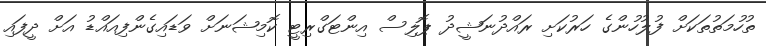
ތުހުމަތުތަކަށް ފުލުހުންގެ ހަރުކަށި ރައްދުނަޝީދު ޕޮލިސް އިންޓަގްރިޓީ ކޮމިޝަނަށް ވަޑައިގެންފިއައްޑު އަށް ދީފައި